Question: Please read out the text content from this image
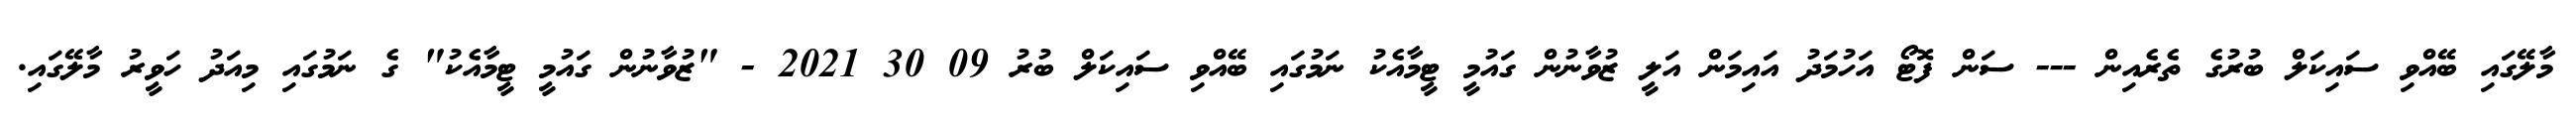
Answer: މާލޭގައި ބޭއްވި ސައިކަލް ބުރުގެ ތެރެއިން --- ސަން ފޮޓޯ އަހުމަދު އައިމަން އަލީ ޒުވާނުން ގައުމީ ޓީމާއެކު ނަމުގައި ބޭއްވި ސައިކަލް ބުރު 09 30 2021 - "ޒުވާނުން ގައުމީ ޓީމާއެކު" ގެ ނަމުގައި މިއަދު ހަވީރު މާލޭގައި.